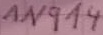
Text: 1N914